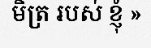
មិត្រ របស់ ខ្ញុំ »